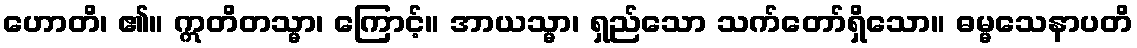
ဟောတိ၊ ၏။ ဣတိတသ္မာ၊ ကြောင့်။ အာယသ္မာ၊ ရှည်သော သက်တော်ရှိသော။ ဓမ္မသေနာပတိ